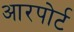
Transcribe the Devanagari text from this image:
आरपोर्ट